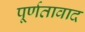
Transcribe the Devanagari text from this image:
पूर्णतावाद